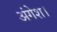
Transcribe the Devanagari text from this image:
अंगेश।